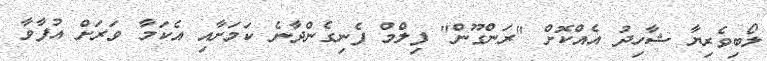
ލޯބިވެރިޔާ ޝާހިދު އެއްކޮށް "ރަންގޫން" ފިލްމް ފެނިގެންދާނެ ކަމަށާއި އެކަމާ ވަރަށް އުފާވާ